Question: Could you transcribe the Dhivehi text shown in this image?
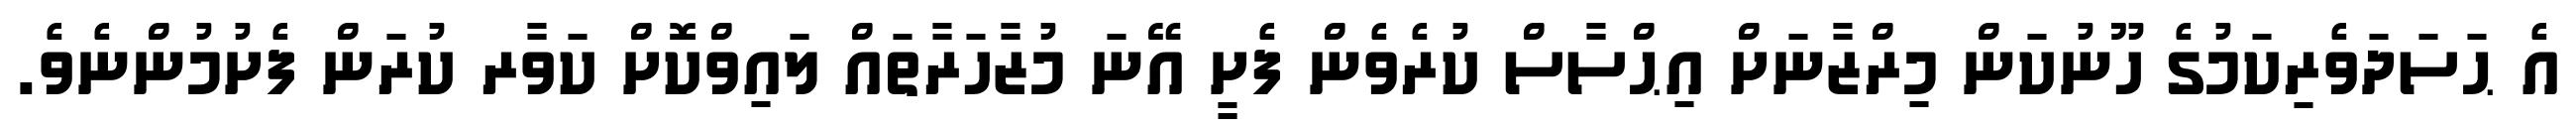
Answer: އެ ޙަސަދަވެރިކަމުގެ ހޫނުކަން މިރްޒާނަށް އިޙްސާސް ކުރެވެން ފެށީ އޭނަ މުޒާހަރާތައް ލައިވްކޮށް ކަވާރ ކުރަން ފެށުމުންނެވެ.